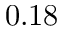
0 . 1 8